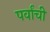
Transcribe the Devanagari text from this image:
पर्वांची